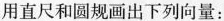
用直尺和圆规画出下列向量：